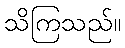
သိကြသည်။